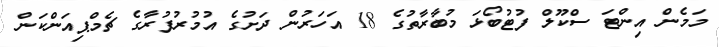
މަމެން އިންޓަ ސްކޫލް ފުޓުބޯޅަ މުބާރާތުގެ 18 އަހަރުން ދަށުގެ އުމުރުފުރާގެ ޗެމްޕިއަންކަން